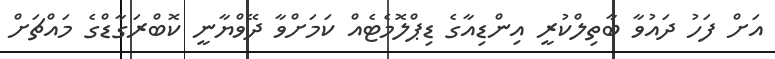
އަށް ފަހު ދައުވާ ބާތިލްކުރީ އިންޑިއާގެ ޑިޕްލޮމެޓެއް ކަމަށްވާ ދޭވްޔާނީ ކޮބްރަގާޑްގެ މައްޗަށް